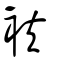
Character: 衭